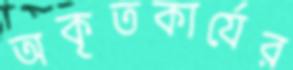
অকৃতকার্যের